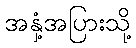
အနှံ့အပြားသို့